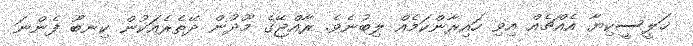
ޚަލީސީކިޔާ އެއްޗެއް އިވި ހައިރާންކަމެއް ލިބުނެވެ. ރާއްޖޭގެ މޫދުން ދޭތެރެއަކުން ކިނބޫ ފެންނަ